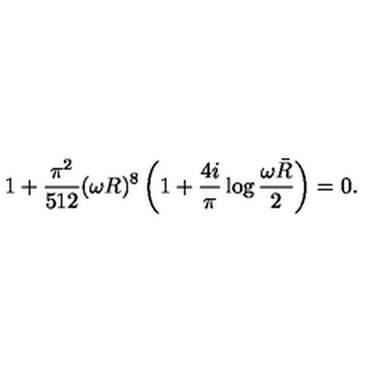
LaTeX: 1 + \frac { \pi ^ { 2 } } { 5 1 2 } ( \omega R ) ^ { 8 } \left( 1 + \frac { 4 i } { \pi } \log \frac { \omega \bar { R } } { 2 } \right) = 0 .